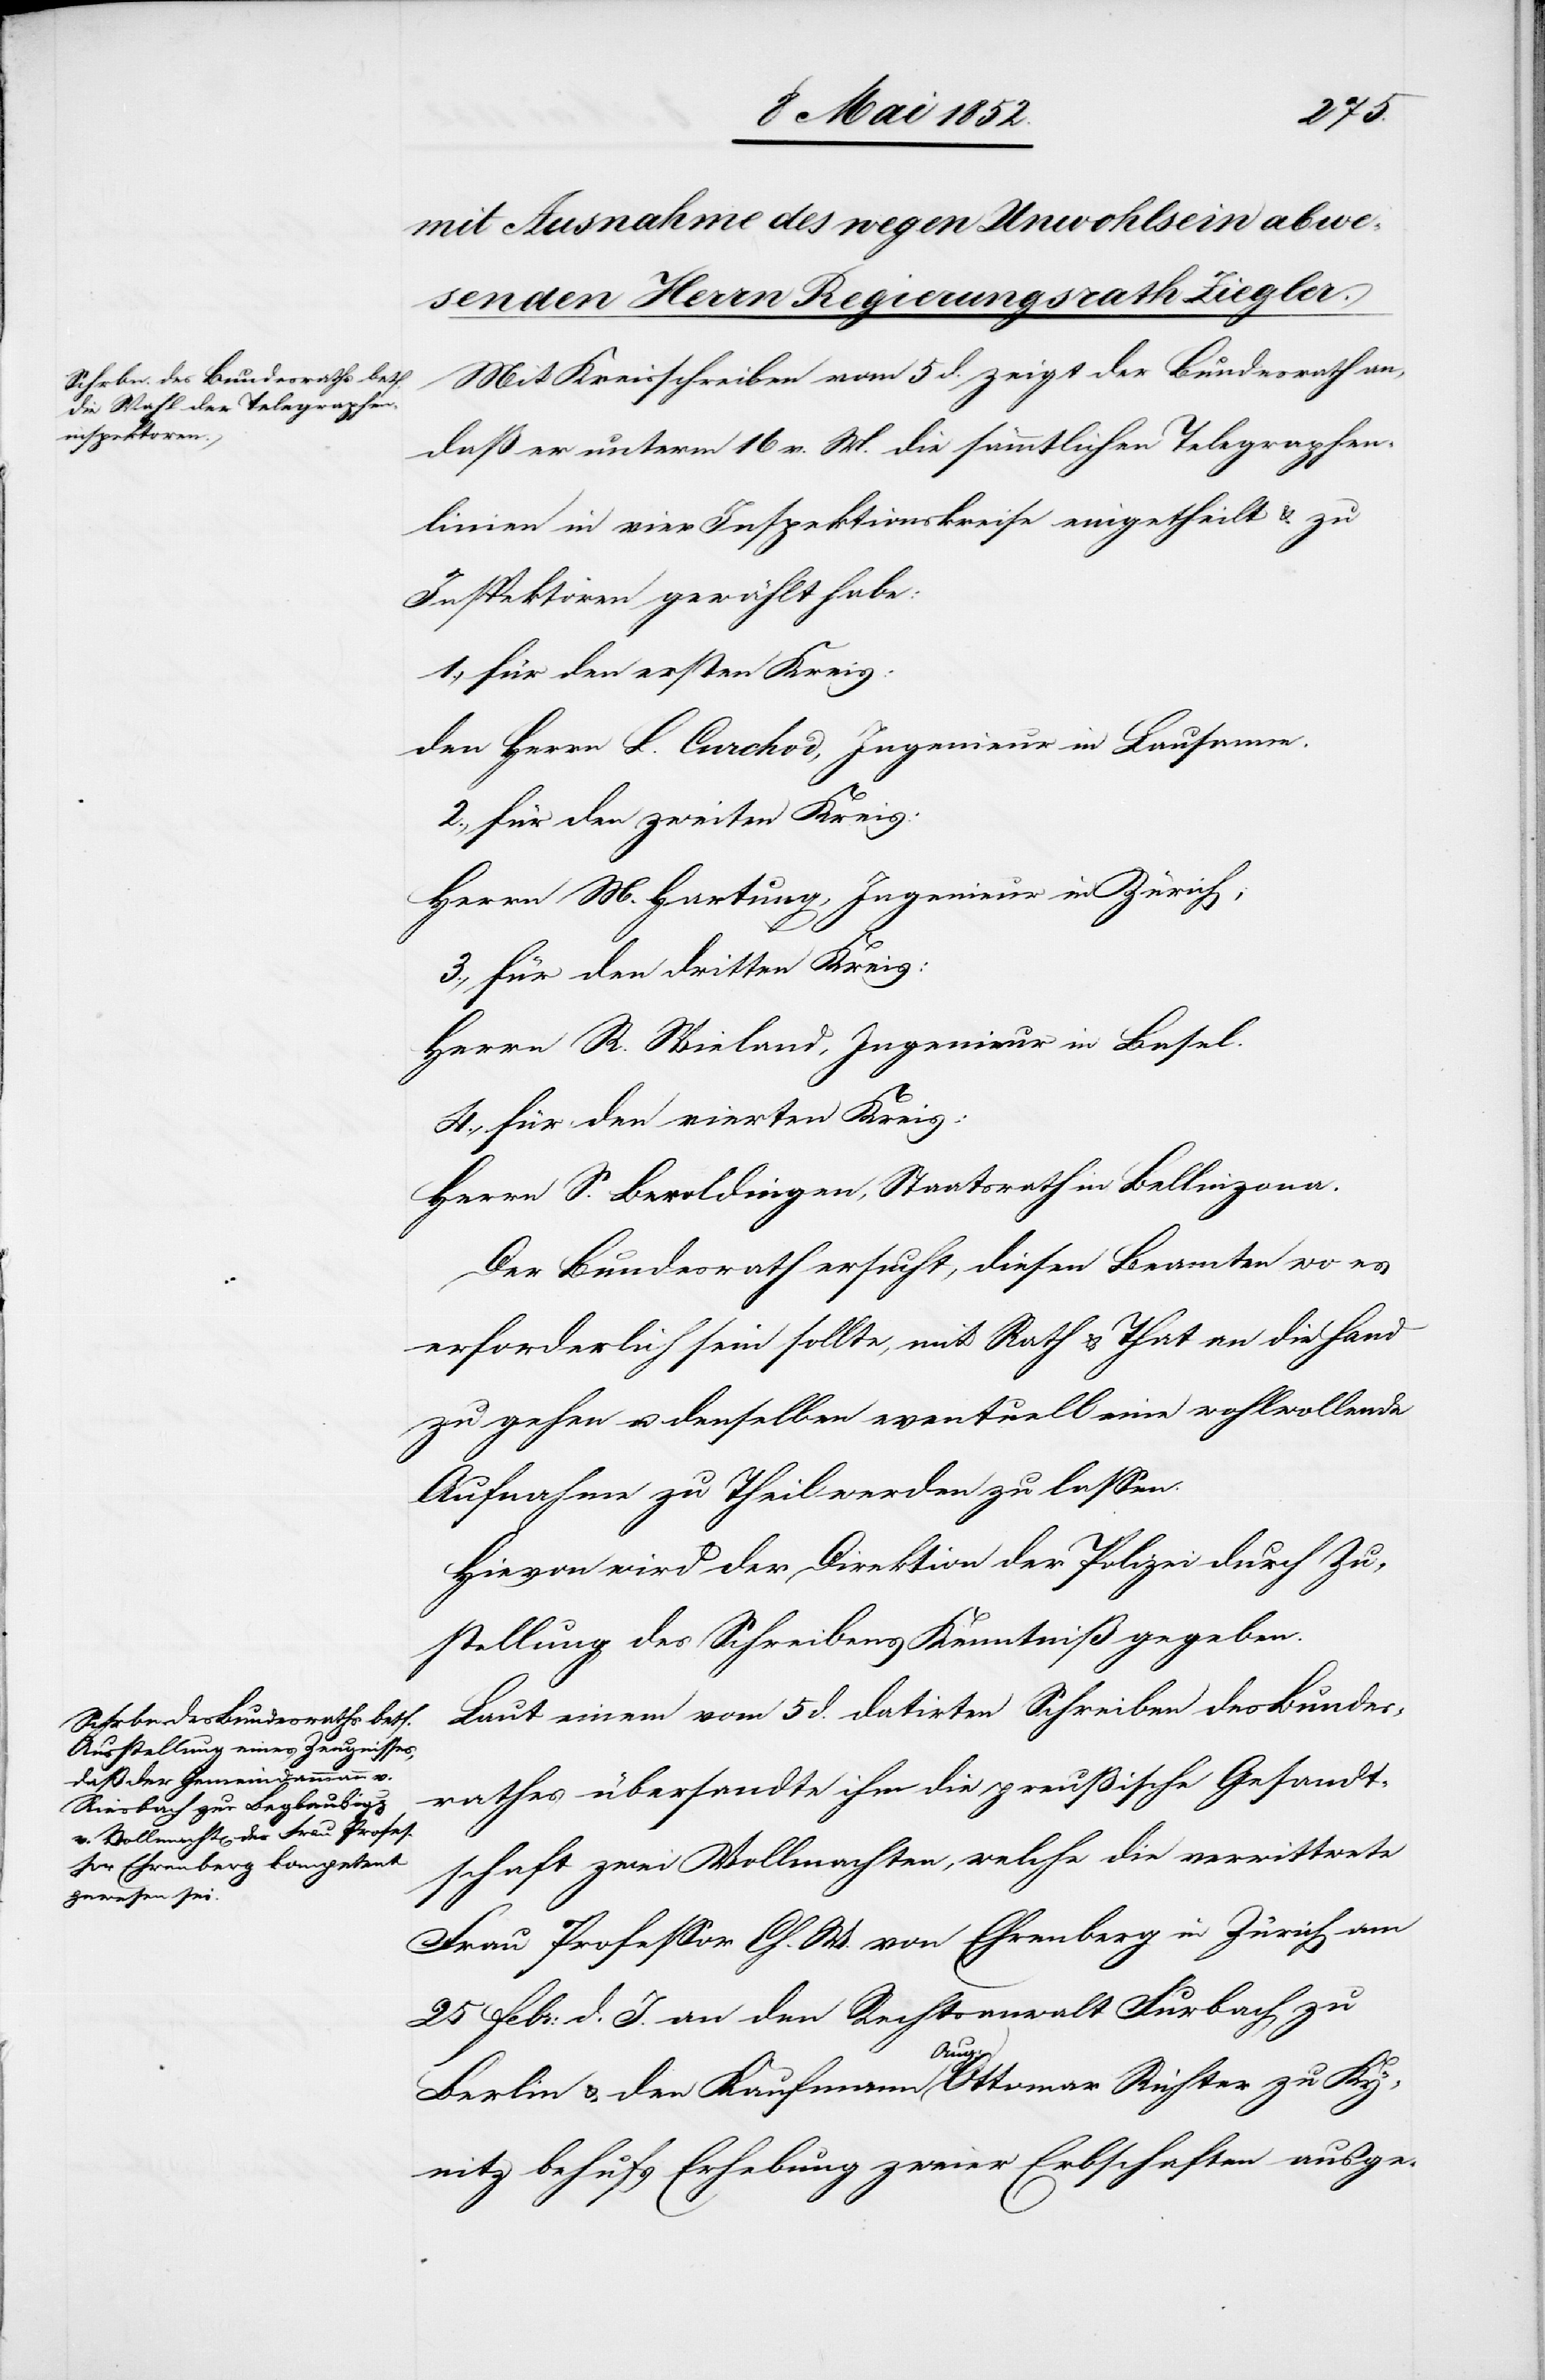
Mit Kreisschreiben vom 5 d. zeigt der Bundesrath an,
daß er unterm 16 v. M. die sämmtlichen Telegraphen¬
linien in vier Inspektionskreise eingetheilt & zu
Inspektoren gewählt habe:
1., für den ersten Kreis:
den Herrn L. Curchod, Ingenieur in Lausanne.
2., für den zweiten Kreis:
Herrn M. Hartung, Ingenieur in Zürich;
3., für den dritten Kreis:
Herrn R. Wieland, Ingenieur in Basel.
4., für den vierten Kreis:
Herrn S. Beroldingen, Staatsrath in Bellinzona.
Der Bundesrath ersucht, diesen Beamten wo es
erforderlich sein sollte, mit Rath & That an die Hand
zu gehen u. denselben eventuell eine wohlwollende
Aufnahme zu Theil werden zu lassen.
Hievon wird der Direktion der Polizei durch Zu¬
stellung des Schreibens Kenntniß gegeben.
Laut einem vom 5 d. datirten Schreiben des Bundes¬
rathes übersandte ihm die preussische Gesandt¬
schaft zwei Vollmachten, welche die verwittwete
Frau Professor Ch. W. von Ehrenberg in Zürich am
25 Febr: d. J. an den Rechtsanwalt Furbach zu
Berlin & den Kaufmann Aug: Ottomar Richter zu Ky¬
nitz behufs Erhebung zweier Erbschaften ausge-